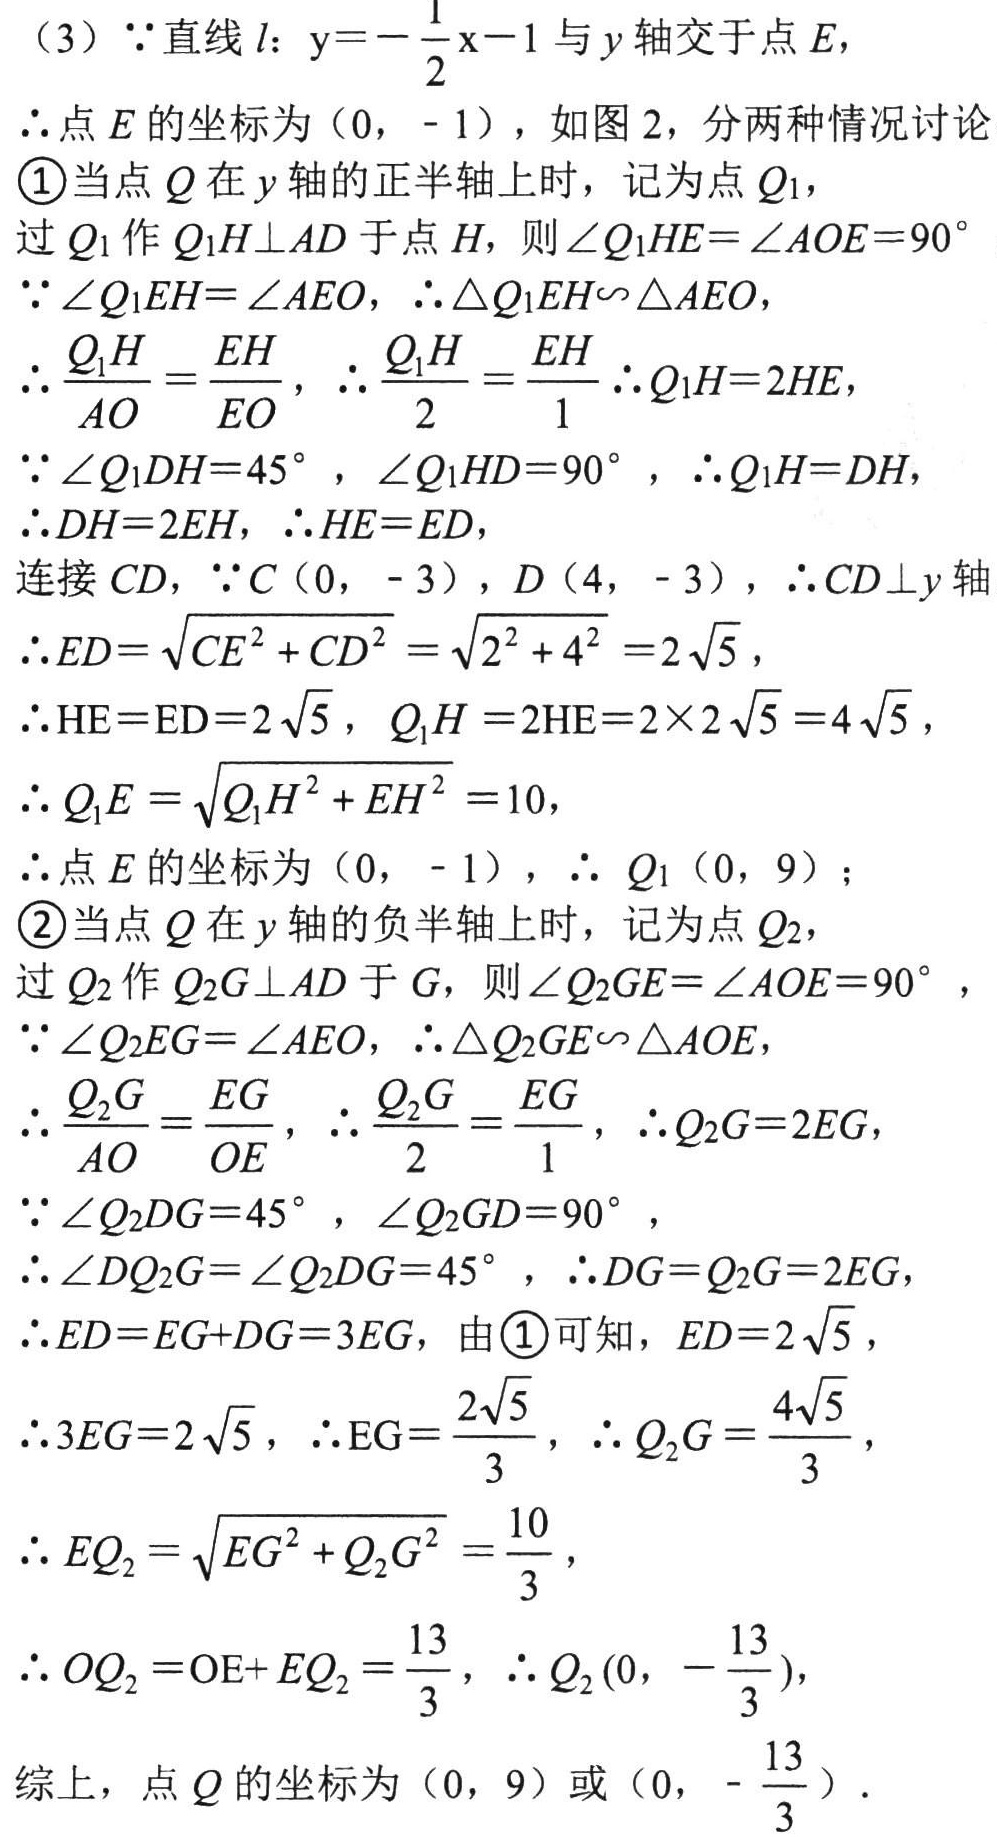
（3）$\because$直线 $l$：$y = -\frac{1}{2}x - 1$ 与 $y$ 轴交于点 $E$，
$\therefore$点 $E$ 的坐标为 $(0, - 1)$，如图 2，分两种情况讨论
\textcircled{1}当点 $Q$ 在 $y$ 轴的正半轴上时，记为点 $Q_1$，
过 $Q_1$ 作 $Q_1H\perp AD$ 于点 $H$，则 $\angle Q_1HE=\angle AOE = 90^{\circ}$
$\because\angle Q_1EH=\angle AEO$，$\therefore\triangle Q_1EH\sim\triangle AEO$，
$\therefore\frac{Q_1H}{AO}=\frac{EH}{EO}$，$\therefore\frac{Q_1H}{2}=\frac{EH}{1} \therefore Q_1H = 2HE$，
$\because\angle Q_1DH = 45^{\circ}$，$\angle Q_1HD = 90^{\circ}$，$\therefore Q_1H = DH$，
$\therefore DH = 2HE$，$\therefore HE = ED$，
连接 $CD$，$\because C(0, - 3)$，$D(4, - 3)$，$\therefore CD\perp y$ 轴
$\therefore ED=\sqrt{CE^{2}+CD^{2}}=\sqrt{2^{2}+4^{2}} = 2\sqrt{5}$，
$\therefore HE = ED = 2\sqrt{5}$，$Q_1H = 2HE = 2\times2\sqrt{5}=4\sqrt{5}$，
$\therefore Q_1E=\sqrt{Q_1H^{2}+EH^{2}} = 10$，
$\therefore$点 $E$ 的坐标为 $(0, - 1)$，$\therefore Q_1(0, 9)$；
\textcircled{2}当点 $Q$ 在 $y$ 轴的负半轴上时，记为点 $Q_2$，
过 $Q_2$ 作 $Q_2G\perp AD$ 于 $G$，则 $\angle Q_2GE=\angle AOE = 90^{\circ}$，
$\because\angle Q_2EG=\angle AEO$，$\therefore\triangle Q_2GE\sim\triangle AOE$，
$\therefore\frac{Q_2G}{AO}=\frac{EG}{OE}$，$\therefore\frac{Q_2G}{2}=\frac{EG}{1}$，$\therefore Q_2G = 2EG$，
$\because\angle Q_2DG = 45^{\circ}$，$\angle Q_2GD = 90^{\circ}$，
$\therefore\angle DQ_2G=\angle Q_2DG = 45^{\circ}$，$\therefore DG = Q_2G = 2EG$，
$\therefore ED = EG + DG = 3EG$，由\textcircled{1}可知，$ED = 2\sqrt{5}$，
$\therefore 3EG = 2\sqrt{5}$，$\therefore EG=\frac{2\sqrt{5}}{3}$，$\therefore Q_2G=\frac{4\sqrt{5}}{3}$，
$\therefore EQ_2=\sqrt{EG^{2}+Q_2G^{2}}=\frac{10}{3}$，
$\therefore OQ_2 = OE+EQ_2=\frac{13}{3}$，$\therefore Q_2(0, -\frac{13}{3})$，
综上，点 $Q$ 的坐标为 $(0, 9)$ 或 $(0, -\frac{13}{3})$．